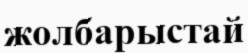
жолбарыстай